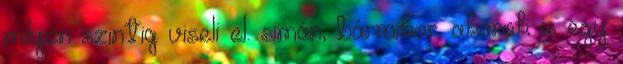
milyen szintig viseli el. simán, bármikor. akarok is egy